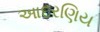
આદરણિય